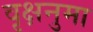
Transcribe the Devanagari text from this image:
वृक्षनुमा